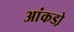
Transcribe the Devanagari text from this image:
आंकडो़